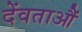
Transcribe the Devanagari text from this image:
देंवताऔं